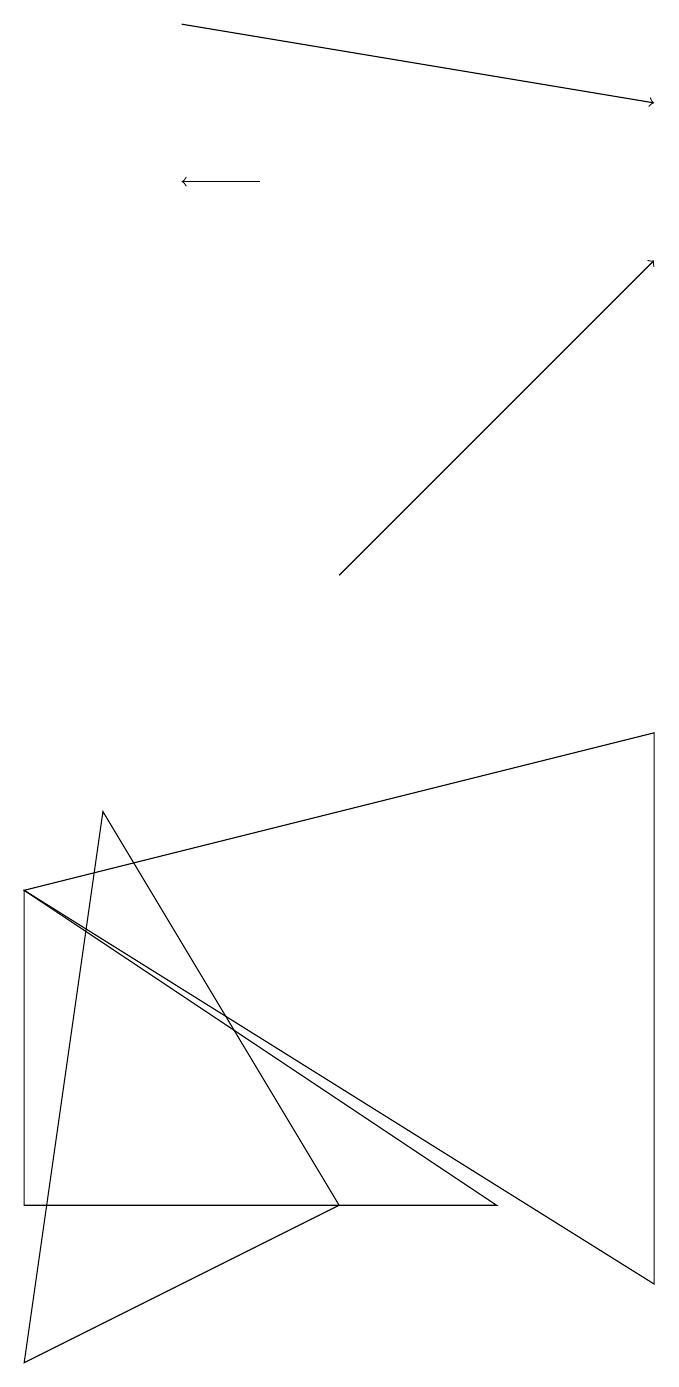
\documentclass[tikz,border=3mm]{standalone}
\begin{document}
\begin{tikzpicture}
\draw[->] (2,17) -- (8,16);
\draw[->] (3,15) -- (2,15);
\draw (0,0) -- (4,2) -- (1,7) -- cycle;
\draw (8,1) -- (8,8) -- (0,6) -- cycle;
\draw (0,2) -- (0,6) -- (6,2) -- cycle;
\draw[->] (4,10) -- (8,14);
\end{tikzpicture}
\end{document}